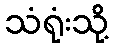
သံရုံးသို့